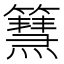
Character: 𥶬